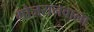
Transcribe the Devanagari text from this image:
गोजरानवाला